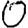
Digit: 0